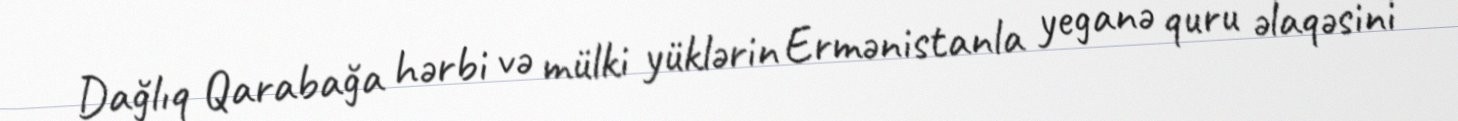
Dağlıq Qarabağa hərbi və mülki yüklərin Ermənistanla yeganə quru əlaqəsini